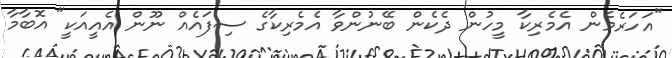
"އަހަރެމެން އެމެރިކާ މީހުން ދެކެން ބޭނުންވާ އެމެރިކާގެ ސިފައެއް ނޫން އެއީއަކީ" އޮބާމާ